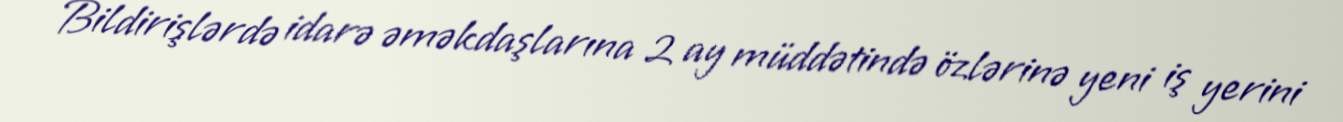
Bildirişlərdə idarə əməkdaşlarına 2 ay müddətində özlərinə yeni iş yerini